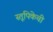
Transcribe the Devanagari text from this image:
स्तूपिकेची